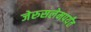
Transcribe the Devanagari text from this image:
जेरुसलेमपर्यंत